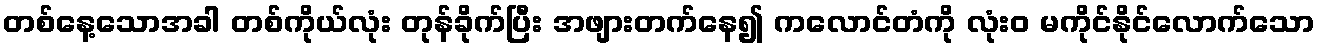
တစ်နေ့သောအခါ တစ်ကိုယ်လုံး တုန်ခိုက်ပြီး အဖျားတက်နေ၍ ကလောင်တံကို လုံးဝ မကိုင်နိုင်လောက်သော